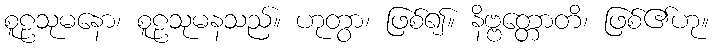
စူဠသုမနော၊ စူဠသုမနသည်။ ဟုတွာ၊ ဖြစ်၍။ နိဗ္ဗတ္တောတိ၊ ဖြစ်၏ဟု။